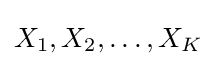
X_{1},X_{2},\dots ,X_{K}